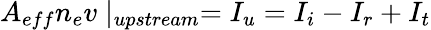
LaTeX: A_{eff}n_{e}v\mid_{upstream}=I_{u}=I_{i}-I_{r}+I_{t}